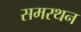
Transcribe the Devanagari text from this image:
समरथन